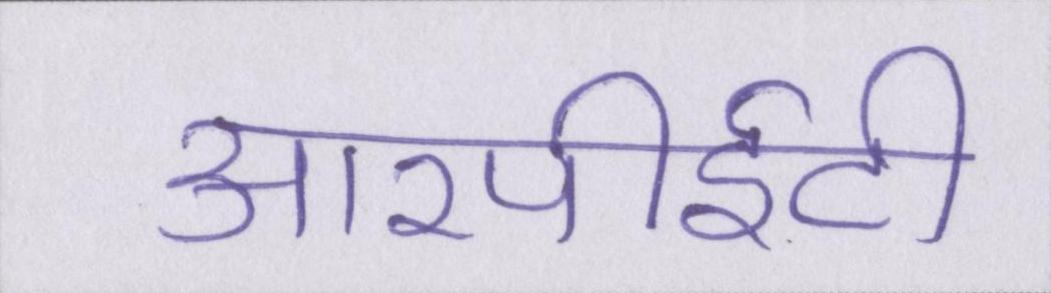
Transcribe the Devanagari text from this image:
आरपीईटी